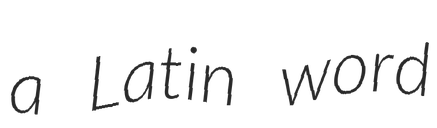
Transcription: a Latin word